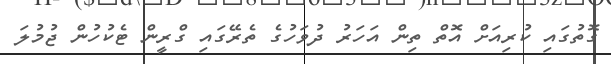
ގޮތުގައި ކުރިއަށް އޮތް ތިން އަހަރު ދުވަހުގެ ތެރޭގައި ގްރީން ޓެކުހުން ޖުމުލަ